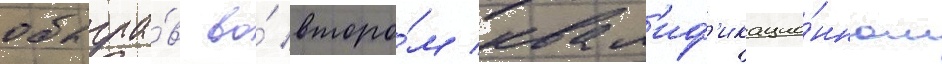
обыгра́в во́ второ́м квал'иф'икацио́нном